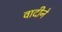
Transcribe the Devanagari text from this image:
वादीने